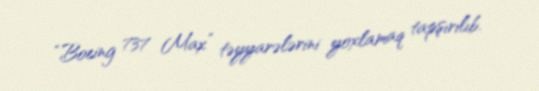
“Boeing 737 Max” təyyarələrini yoxlamaq tapşırılıb.